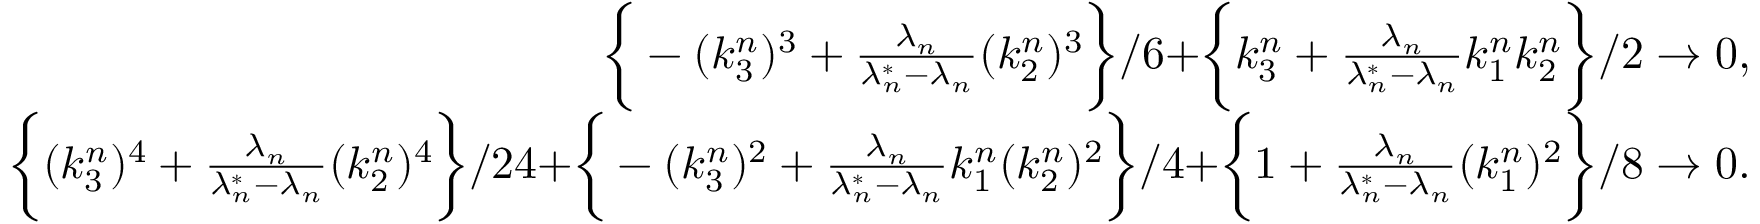
\begin{array} { r } { \biggr \{ - ( k _ { 3 } ^ { n } ) ^ { 3 } + \frac { \lambda _ { n } } { \lambda _ { n } ^ { * } - \lambda _ { n } } ( k _ { 2 } ^ { n } ) ^ { 3 } \biggr \} / 6 + \biggr \{ k _ { 3 } ^ { n } + \frac { \lambda _ { n } } { \lambda _ { n } ^ { * } - \lambda _ { n } } k _ { 1 } ^ { n } k _ { 2 } ^ { n } \biggr \} / 2 \to 0 , } \\ { \biggr \{ ( k _ { 3 } ^ { n } ) ^ { 4 } + \frac { \lambda _ { n } } { \lambda _ { n } ^ { * } - \lambda _ { n } } ( k _ { 2 } ^ { n } ) ^ { 4 } \biggr \} / 2 4 + \biggr \{ - ( k _ { 3 } ^ { n } ) ^ { 2 } + \frac { \lambda _ { n } } { \lambda _ { n } ^ { * } - \lambda _ { n } } k _ { 1 } ^ { n } ( k _ { 2 } ^ { n } ) ^ { 2 } \biggr \} / 4 + \biggr \{ 1 + \frac { \lambda _ { n } } { \lambda _ { n } ^ { * } - \lambda _ { n } } ( k _ { 1 } ^ { n } ) ^ { 2 } \biggr \} / 8 \to 0 . } \end{array}